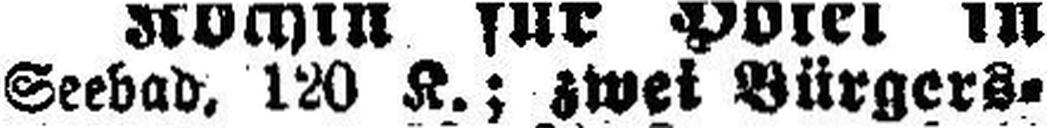
Seebad, 120 K.; zwei Bürgers¬